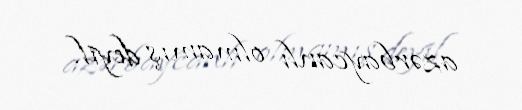
azərbaycanlı olmamış deyil.